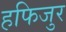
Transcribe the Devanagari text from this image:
हफिजुर